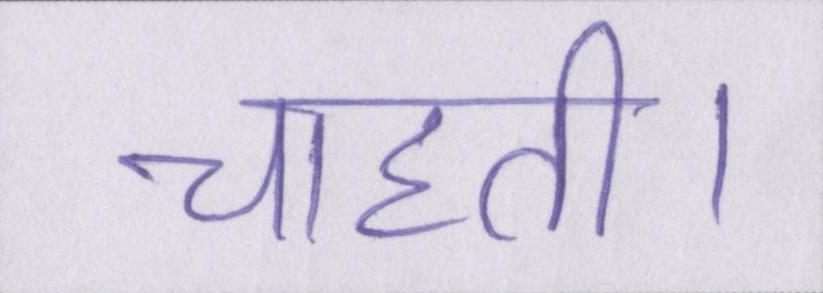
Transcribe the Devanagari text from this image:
चाहती।